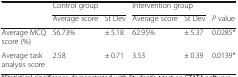
| <ROWSPAN=2>  | <COLSPAN=2> Control group | <COLSPAN=2> Intervention group |  |
 | Average score | St Dev | Average score | St Dev | P value |
 | --- | --- | --- | --- | --- | --- |
 | Average MCQ score (%) | 56.73% | ± 5.18 | 62.95% | ± 5.37 | 0.0285* |
 | Average task analysis score | 2.58 | ± 0.71 | 3.53 | ± 0.39 | 0.0139* |